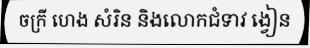
ចក្រី ហេង សំរិន និងលោកជំទាវ ង្វៀន